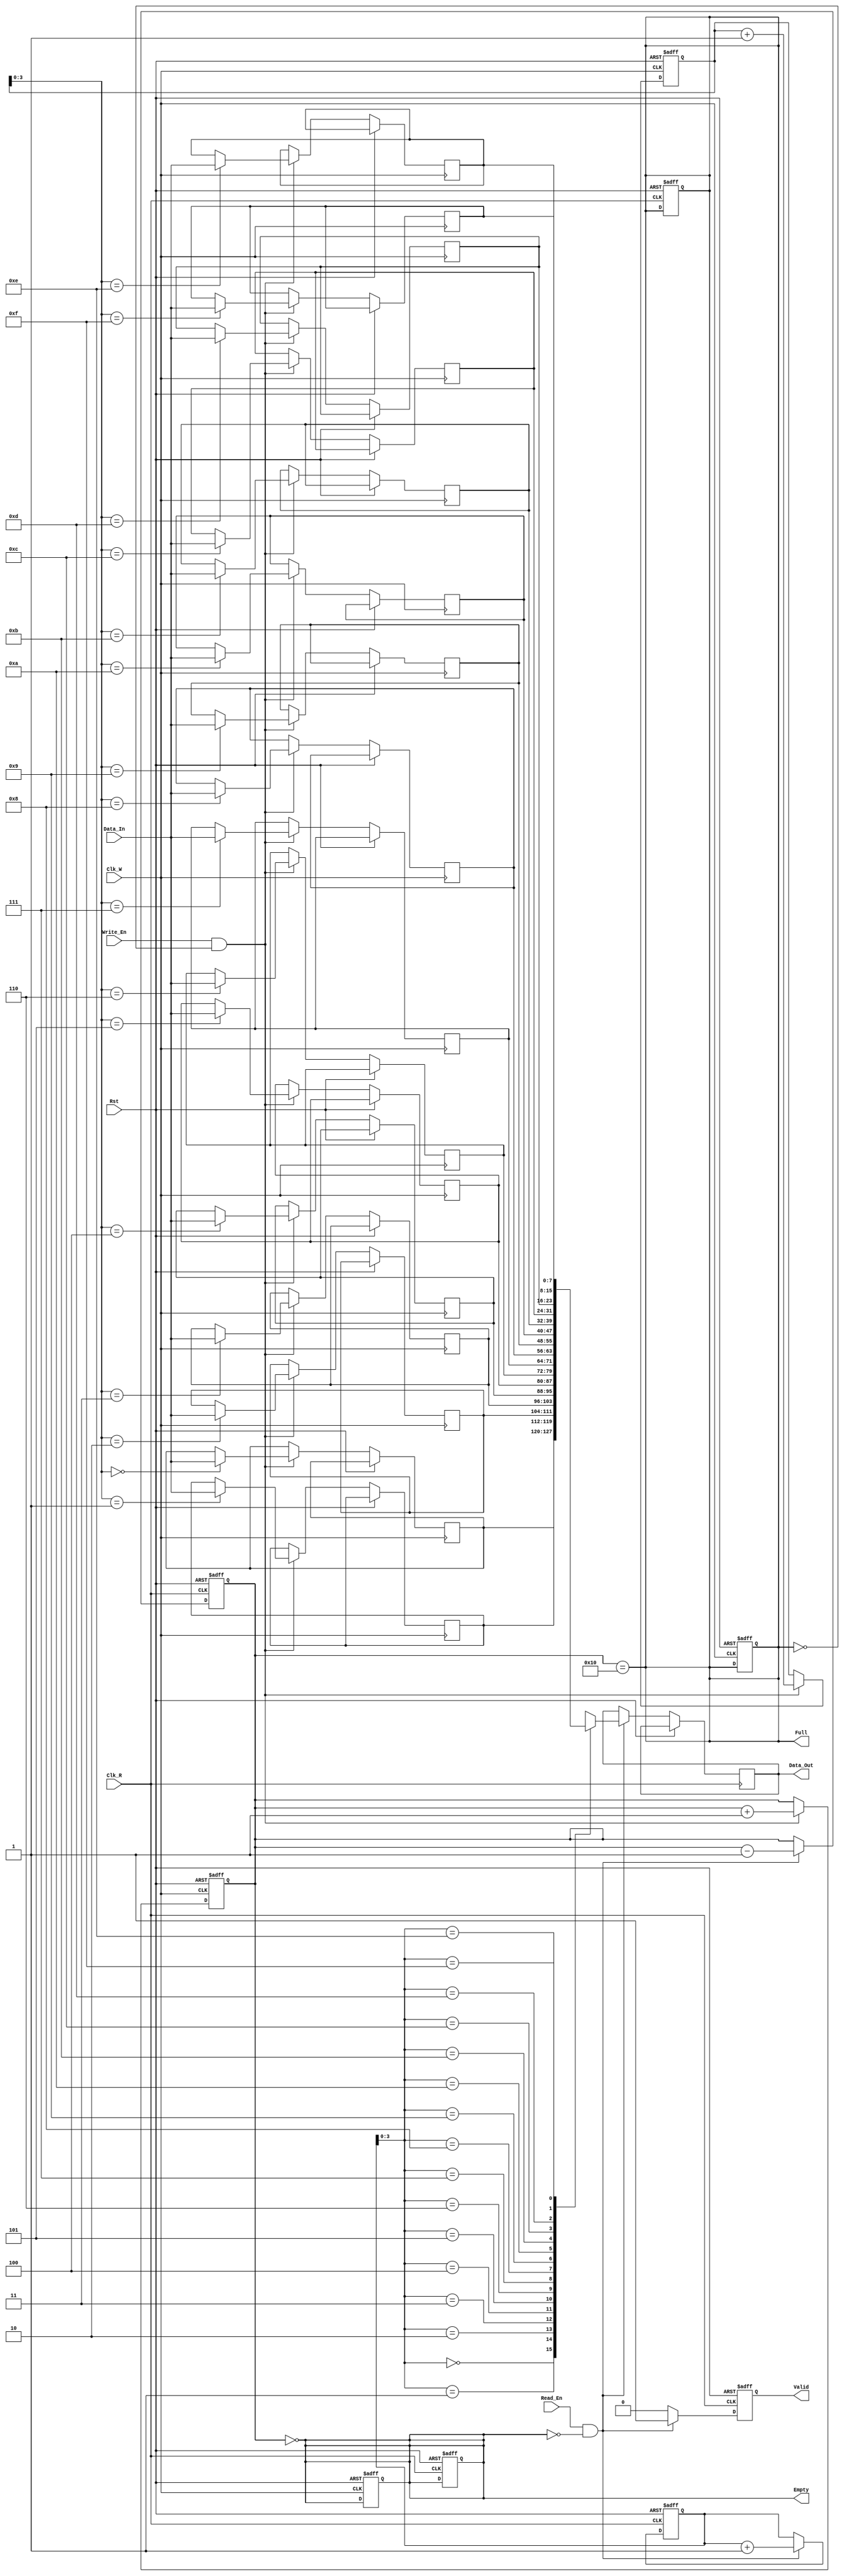
module dual_clock_fifo #(
    parameter DATA_WIDTH = 8,  // Width of data
    parameter FIFO_DEPTH = 16   // Depth of FIFO (must be a power of 2)
)(
    input  wire                  Clk_W,      // Write clock
    input  wire                  Clk_R,      // Read clock
    input  wire                  Rst,        // Asynchronous reset
    input  wire                  Write_En,   // Write enable
    input  wire                  Read_En,    // Read enable
    input  wire [DATA_WIDTH-1:0] Data_In,   // Data input
    output reg [DATA_WIDTH-1:0] Data_Out,   // Data output
    output reg                  Full,        // FIFO full flag
    output reg                  Empty,       // FIFO empty flag
    output reg                  Valid        // Data valid signal
);

    // Internal signals
    reg [DATA_WIDTH-1:0] fifo_mem [0:FIFO_DEPTH-1]; // FIFO memory
    reg [$clog2(FIFO_DEPTH):0] WPtr;                // Write pointer
    reg [$clog2(FIFO_DEPTH):0] RPtr;                // Read pointer
    reg [$clog2(FIFO_DEPTH):0] Count;               // Number of items in FIFO

    // Asynchronous reset
    always @(posedge Clk_W or posedge Rst) begin
        if (Rst) begin
            WPtr <= 0;
            Count <= 0;
            Full <= 1'b0;
            Empty <= 1'b1;
        end else begin
            if (Write_En && !Full) begin
                fifo_mem[WPtr[$clog2(FIFO_DEPTH)-1:0]] <= Data_In;
                WPtr <= WPtr + 1;
                Count <= Count + 1;
            end
        end
    end

    // Read operation
    always @(posedge Clk_R or posedge Rst) begin
        if (Rst) begin
            RPtr <= 0;
            Count <= 0;
            Full <= 1'b0;
            Empty <= 1'b1;
            Valid <= 1'b0;
        end else begin
            if (Read_En && !Empty) begin
                Data_Out <= fifo_mem[RPtr[$clog2(FIFO_DEPTH)-1:0]];
                RPtr <= RPtr + 1;
                Count <= Count - 1;
                Valid <= 1'b1;
            end else begin
                Valid <= 1'b0;
            end
        end
    end

    // Update Full and Empty flags
    always @(*) begin
        Full = (Count == FIFO_DEPTH);
        Empty = (Count == 0);
    end

endmodule